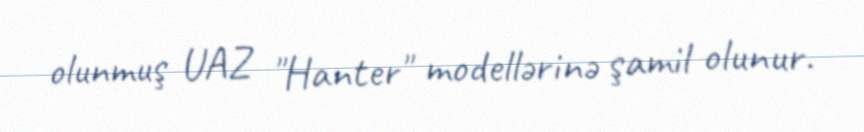
olunmuş UAZ "Hanter" modellərinə şamil olunur.